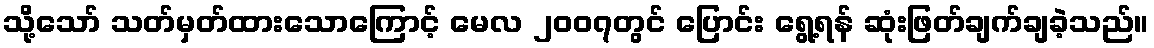
သို့သော် သတ်မှတ်ထားသောကြောင့် မေလ ၂၀၀၇တွင် ပြောင်း ရွေ့ရန် ဆုံးဖြတ်ချက်ချခဲ့သည်။